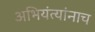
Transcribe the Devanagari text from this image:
अभियंत्यांनाच